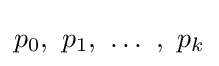
p_{0},~p_{1},~\dots ~,~p_{k}